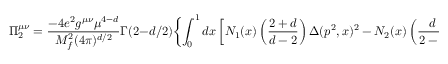
\Pi _ { 2 } ^ { \mu \nu } = \frac { - 4 e ^ { 2 } g ^ { \mu \nu } \mu ^ { 4 - d } } { M _ { f } ^ { 2 } ( 4 \pi ) ^ { d / 2 } } \Gamma ( 2 - d / 2 ) \biggl \{ \int _ { 0 } ^ { 1 } d x \left[ N _ { 1 } ( x ) \left( \frac { 2 + d } { d - 2 } \right) \Delta ( p ^ { 2 } , x ) ^ { 2 } - N _ { 2 } ( x ) \left( \frac { d } { 2 - d } \right) \Delta ( p ^ { 2 } , x ) + N _ { 3 } ( x ) \right] \frac { 1 } { \Delta ( p ^ { 2 } , x ) ^ { 2 - d / 2 } } \biggr \} .